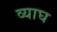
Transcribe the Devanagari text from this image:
व्याघ